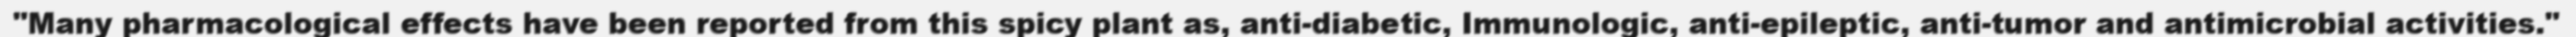
"Many pharmacological effects have been reported from this spicy plant as, anti-diabetic, Immunologic, anti-epileptic, anti-tumor and antimicrobial activities."